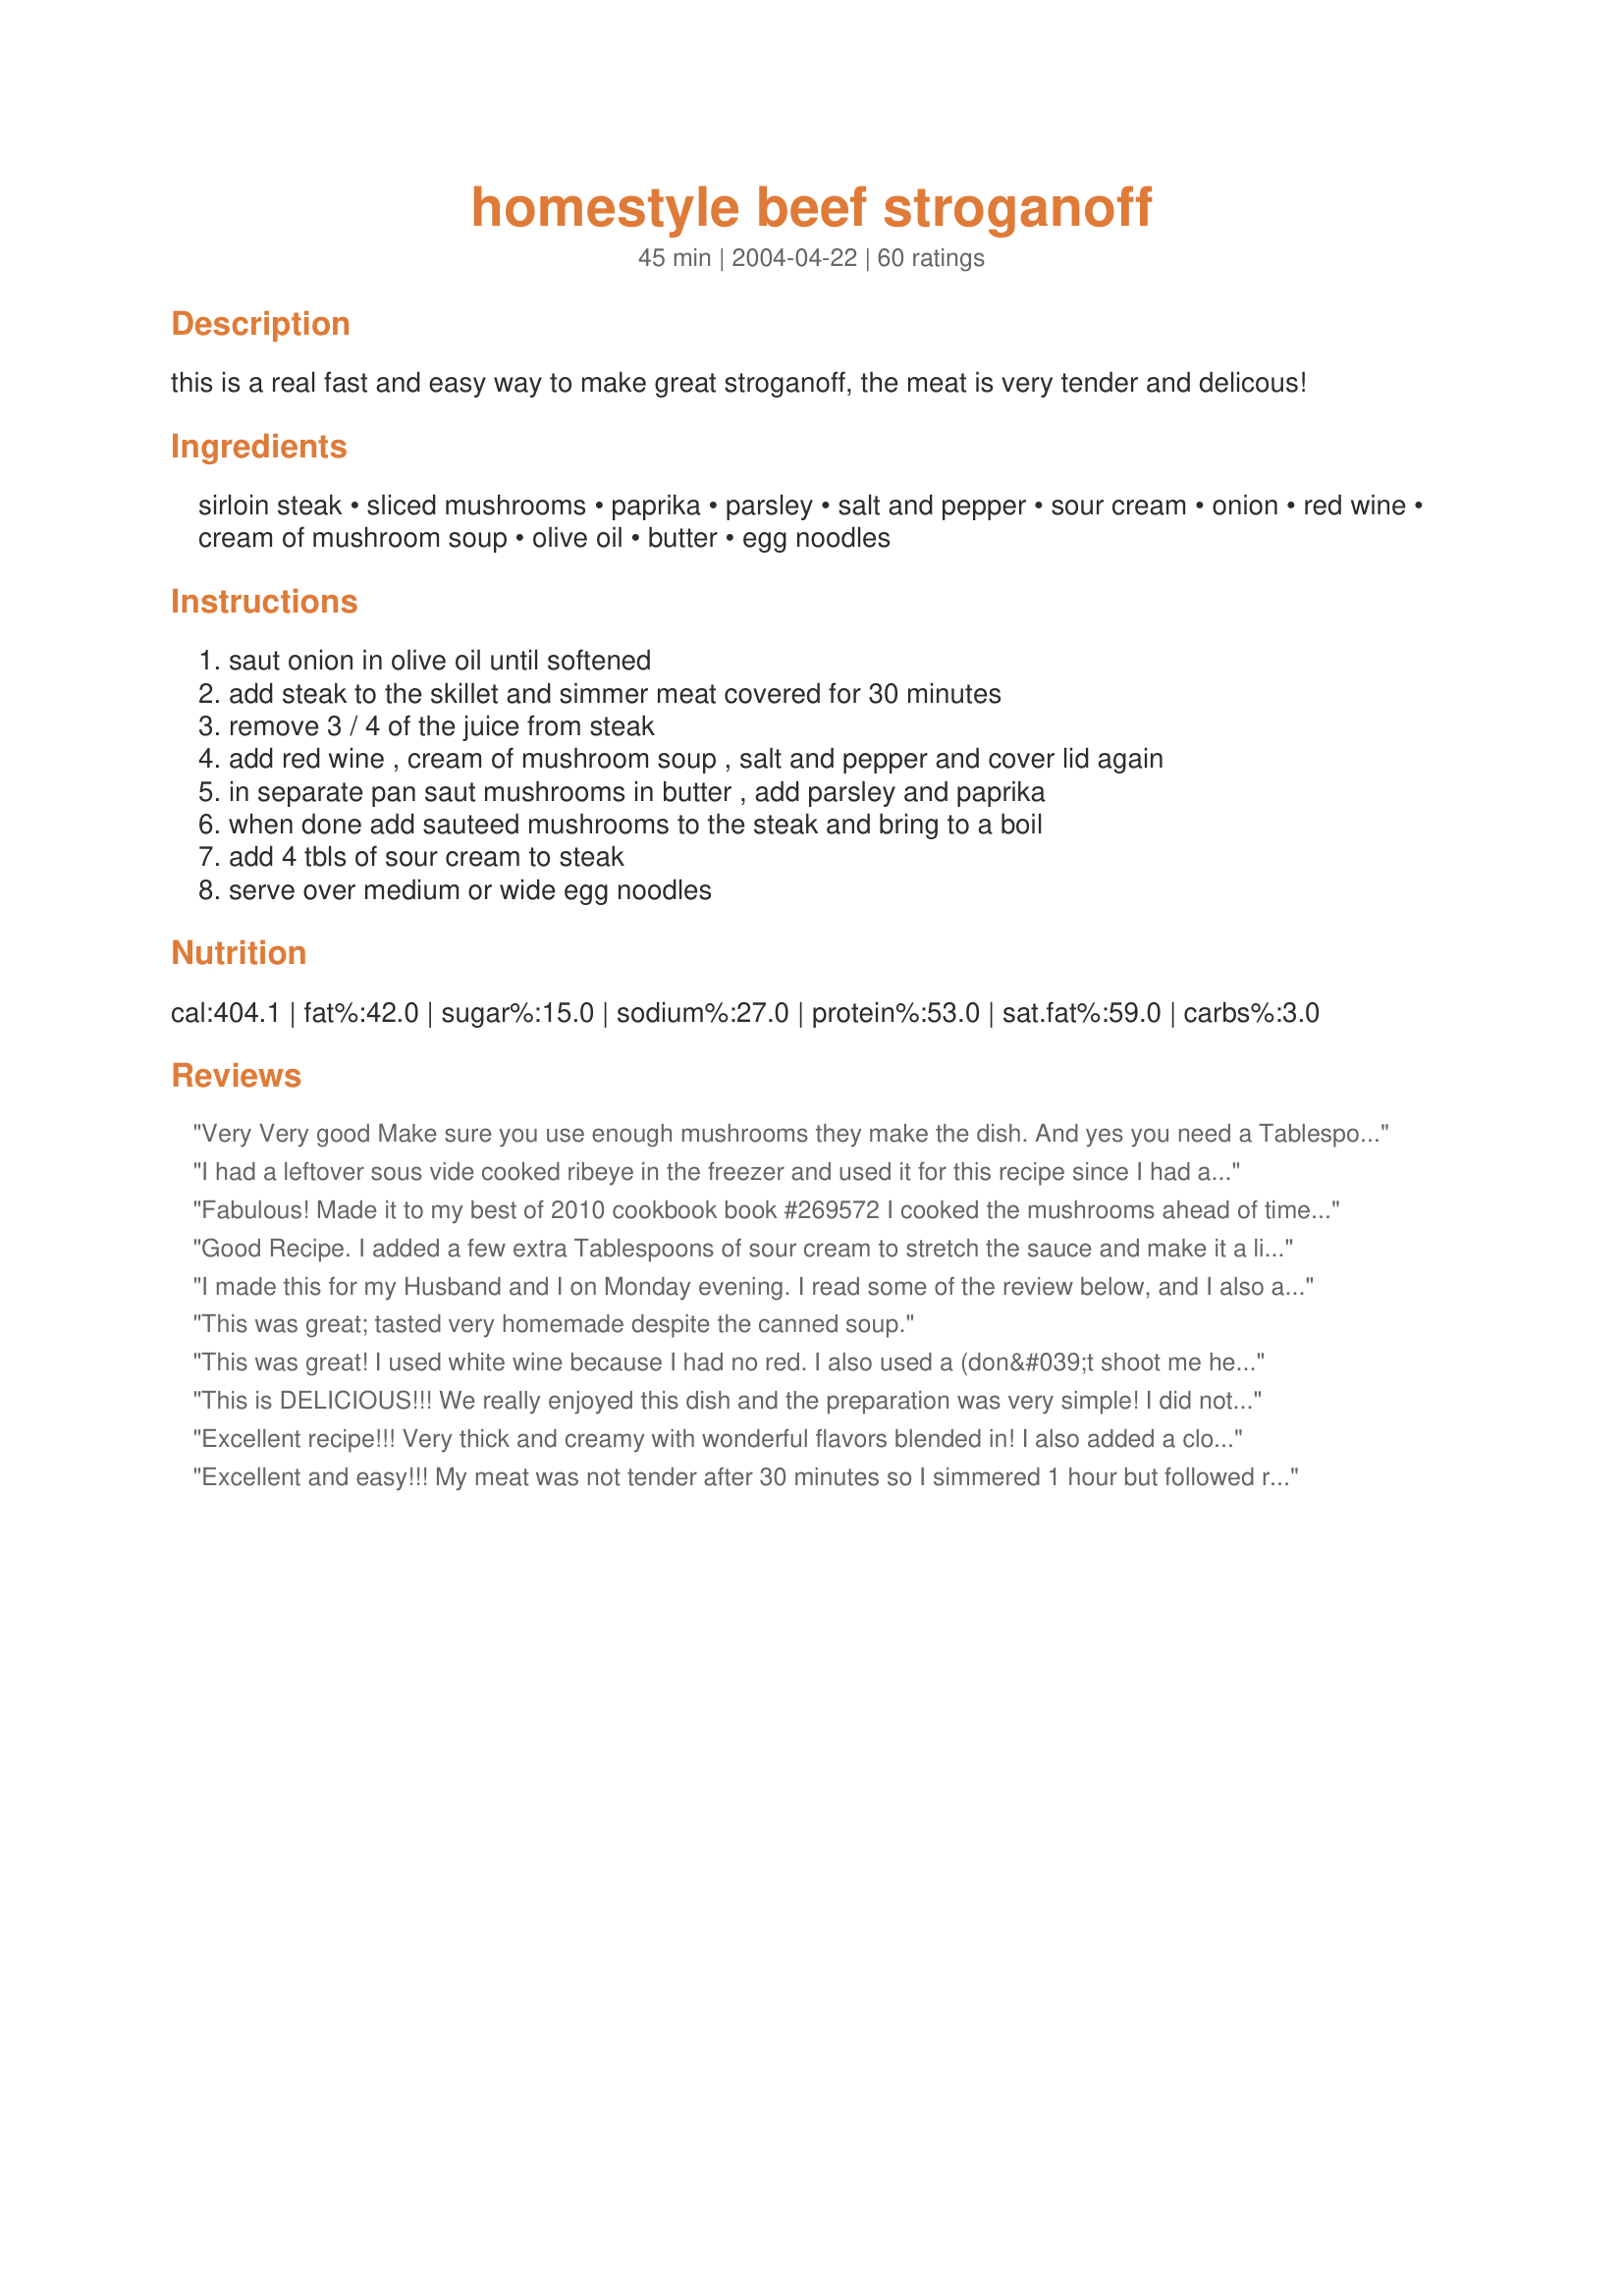
homestyle beef stroganoff
Preparation time: 45 minutes

this is a real fast and easy way to make great stroganoff, the meat is very tender and delicous!

Ingredients:
sirloin steak, sliced mushrooms, paprika, parsley, salt and pepper, sour cream, onion, red wine, cream of mushroom soup, olive oil, butter, egg noodles

Steps:
saut onion in olive oil until softened, add steak to the skillet and simmer meat covered for 30 minutes, remove 3 / 4 of the juice from steak, add red wine , cream of mushroom soup , salt and pepper and cover lid again, in separate pan saut mushrooms in butter , add parsley and paprika, when done add sauteed mushrooms to the steak and bring to a boil, add 4 tbls of sour cream to steak, serve over medium or wide egg noodles

Reviews:
Very Very good Make sure you use enough mushrooms they make the dish. And yes you need a Tablespoon of Paprika it seemed too much to me but it is the right amount.
I had a leftover sous vide cooked ribeye in the freezer and used it for this recipe since I had all the ingredients. I only did step #2 for 10 or 15 minutes snce the steak was already cooked then skipped over step #3 since I didn?t get much juice from a pre-cooked steak. Followed the rest of the recipe precisely and it turned out wonderfully! I?m usually not a big fan of mushroom soup recipes but this worked very well and allowed me to use only 4 Tbls sour cream instead of 1 cup or more in some heart-stopping recipes. We are trying to eat more responsibly and every meal shouldn?t contain reataurant amounts of fat and sodium. My wife kept muttering, ?This is really good.? so I know she really liked it, too. Will make this again. Oh, and I added some garlic and Worcestershire Sauce. It made a good dish even better.
Fabulous! Made it to my best of 2010 cookbook book #269572 I cooked the mushrooms ahead of time in the skillet then set aside. Did a quick sear on cube steaks (cheaper) and set aside. Sauteed onions added red wine to deglaze and put steaks back in and cooked covered for 30 minutes. Removed steaks, added mushrooms, soup, sour cream (reduced fat and used more than directed), paprika, tobasco brand worcestire and stirred well. Put in steaks and turned to coat. Cooked 10 minutes covered and truly was one of the best comfort foods I've ever made.
Good Recipe. I added a few extra Tablespoons of sour cream to stretch the sauce and make it a little more creamy, but overall very good.
I made this for my Husband and I on Monday evening. I read some of the review below, and I also added some minced garlic and about 2T of Worcestershire sauce. We both loved this meal. We will definitely be making it again. I was a little conservative with the paprika, but I think I will spice it up a little more next time. Thanks for the recipe :)
This was great; tasted very homemade despite the canned soup.
This was great! I used white wine because I had no red. I also used a (don&#039;t shoot me here) ribeye steak because that&#039;s all I had! Overkill, I know. Added the Worchestershire as suggested. I would put it more at 3 adult dinner portions. Thank you!
This is DELICIOUS!!! We really enjoyed this dish and the preparation was very simple! I did not quite follow the directions and sauted the onions and mushrooms at the same time. It still came out wonderful. I also only used half, but there was plenty of flavor. Thanks - we'll be having this again soon!
Excellent recipe!!! Very thick and creamy with wonderful flavors blended in! I also added a cloved of chopped garlic while I was sauteing the mushrooms and it added a great flavor to it. Definetly a keeper! Thank you!
Excellent and easy!!!
My meat was not tender after 30 minutes so I simmered 1 hour but followed rest of recipe exactly.
This will be a favorite at our house!! You may want to double recipe because everyone will want seconds!!
Really good stroganoff recipe. The meat came out so tender. DH really loved it. I felt I needed to add garlic for a little more flavor and also added a little milk near the end of cooking just to make more sauce. Thanks for posting the recipe.
This was delicious! I cooked it in the crockpot with stew beef and used 1 tsp hungarian paprika, to give it a little bite. I added the sour cream right before serving over rice. Perfect! Thanks 1Roze4me!
Yummy! I did make a few minor adjustments; I added garlic powder and worcestershire. That was just a personal preference, otherwise it was perfect.
This was very good. I used left over roast beef that was on the rare side, and only cooked it for 10 minutes instead of 1/2 hour. I also added one yellow pepper and one orange pepper to the mushroooms while sauting. It was a good hearty, quick supper. Thanks, I will be making this again.
Easy to make & delicious, thanks for sharing
Magnificent and Simple!! The Sirloin was so tender, we added 6 cloves of Garlic, some extra red wine and a dash of chilli. Egg Noodles were impossible to find at our local grocers so we made-do with extra wide fettuccine and it was superb!!

A great "last minute" meal for dinner guests as the flavours are really complex and complimentary but not at all overpowering. Such an awesome balanced recipe!! 5 Stars!!!
I have never made Stroganoff before using sirloin steaks. I am now a convert!! This was a very easy recipe to follow and the results were quite tasty. I did have to add a little additional seasonings (our taste preferences): Used 1 pound of mushrooms and added 1 tablespoon Worcestershire sauce as we felt it needed just a tad more of a bite. This recipe will be made and used again, often! Thanks for posting a wonderful recipe!!
This is awesome! So much more flavor than my previous recipe. I doubled the recipe, and added some garlic and worcestershire. Other than that, I followed the recipe to the dot. The meat is so tender, and there's so much depth of flavor I am amazed!<br/>ETA: I now use 3/4 cup of red wine, and allow the meat and onions to simmer in the wine for about 30 minutes before adding any other ingredients. Much more flavor, and also much more tender.
Wonderfully full flavored recipe! I followed as written except added some beef broth to the meat mixture before adding the sour cream to thin it out a bit. I also used about 1 lb. of mushrooms since they cook down so much. The meat was super tender! Thanks for the recipe.
This was sooo good! I like stroganoff but hubby didn't like all the sour cream so I decided to give this recipe a try as is didn't have so much sour cream. I used hamburger, that's what I had on hand and it turned out great. Even my husband and three year old son liked it. This will definately be made again, soon! Thanks for sharing!!
Made this tonight using ground beef. I really loved it! I used smoked paprika (will prob use non next time - hubs' preference). I don't drink or cook with alcohol, so I subbed beef stock instead. I also added 1/4 cup of sour cream and one can of mushrooms since I was feeding small, picky children. Will defo make again!
The sauce is perfect, the only thing I changed was to add 1/2 t dill (I could have done 1 whole t). I used a sliced NY strip steak and I think I should only have cooked the meat until just cooked because it became a bit tough. So cook more delicate steaks for a shorter time, other than that this is great.
Excellant. My husband couldn't stop going on about the gravy. Will make again.
Great combination of flavors! Thanks1
Great recipe. I loved this stroganoff. I think the addition of red wine was the key ingredient. I served this on rice and my family loved it. Thank you forposting.
This is really fast and easy - I make stroganoff but never had a really good spice flavor to it - thanks for sharing I have the spices now! I don't use the mushroom soup though, I add beef broth and use a tablespoon of cornstarch to thicken it all up - I also use fat free sour cream and omit the butter and salt but that's just 'cause I'm cutting calories, fat and salt in my diet - I am sure it tastes way better with butter and salt!
My DH loved this. I followed the suggestion of using 1T paprika. Next time I will double the recipe.
Delicious! I followed the recipe exactly and served over wide rice noodles. The sauce was very flavorful but the beef was not as tender as expected. Next time, I will marinade the beef in egg whites first. After all, great recipe! Thanks for sharing!
This was so easy and tasted great! We didn't have red wine so we substitued a blush and it worked just fine! We will be making this again! Thanks so much!
This was wonderful! I doubled the recipe, since I was fixing dinner for 3 hungry men and myself, however, I kept the soup at one can, just used 1 large onion, and also only needed one package of wide egg noodles. I added about 2 tsp minced garlic and 1 Tbs Worcestershire sauce. I substituted low-sodium beef broth for the wine, because one of our guests preferred not to have the wine in it. To save a pan, I sauteed the onion and garlic first, added the beef, then sauteed until done. I then drained that, set it aside, and in the same pan, sauteed the mushrooms, spices, and Worcestershire sauce in butter. Then I added the beef and the rest of the stuff together and kept it on low while I fixed the noodles and some green beans. I want to try it with the wine soon. Thank you for posting this!
I made this for a friend for her Christmas day dinner. She was too busy, and asked me to do it. She said that I could use my recipe, so I chose this recipe. I used Top Sirloin for the meat and followed the recipe exactly, except for I did omit the wine (she doesn't like the taste of wine). I delivered it a couple hours before it was dinner time. I quadrupled the recipe and kept it warm in my 6 at Nesco. She called me at 9:30 that night to say the she didn't want to wait to call me at work, because it was too good. She said that "my" recipe was way better then her own recipe and thanked me over and over again. I have to give you the credit and thank you for sharing your recipe. I did the exact measurements exactly. I will use this many more times to come.
Wow so delicious! I added lots of garlic and wors. Sauce. I doubled the recipe and glad I did! The whole family loved it! I will make this again and again! Thank you!!!!
Oh my gosh, this is so good! The only problem I had with it was that I didn't make enough. Next time I will do a double recipe so we have some leftovers. I used 1/2 cup of red wine and simmered the meat (I used beef tenderloin tips) with the onions for about 15 minutes before adding the other ingredients. Also had to keep the mushrooms separate since the kids don't like them. I ended up adding almost a 1/2 cup of beef broth at the end to make it more creamy. The flavor was great. Thanks for posting!
...As my teenage son would say
"Now that's what I'm talkin' about!" This is some seriously good Stroganoff. Thanks for sharing 1Roze4me! I didn't change
a thing and even my 4 kids liked it - now that's a keeper.
I've never had the boxed stuff before but my old recipe called for tomato, I think. Can you tell that it was not well received by everyone? This was, however, the most flavorful stroganoff that I have ever tasted! It was quick and I had all the ingredients on hand. I did add some minced garlic, sauted with the onion and mushrooms. I used fresh crimini and wished I had more. The more mushrooms the better! I also used 1/4 cup of beef broth, (no wine in the pantry). Thank you for a great recipe. I will be making this again.
We really enjoyed this. I would probably use less red wine next time (personal preference).
Wow! So simmple, yet so good! I made it as written, except I substituted balsamic vinegar/water for wine (red wine gives me headaches) Fabulous meal - Thank you sooo much!
What wonderful flavor! Thanks for the recipe!
I'm not a big fan of Stroganoff but this one is really nice, tender and tasty.
followed recipe but was pretty bland to me.
This was really really good. I did make many changes due to what I had on hand but the basics stayed the same. Changes made: sauted onion in small amount of evo until transparent then adding the butter and mushrooms and sauted all a little longer, added Cream of Mushroom with Roasted Garlic soup, added 2 Tbsps ketchup, 2 tsps worchestershire, 1/2 cup of water with 1 tsp of french dip mix and an additional 1/2 cup of sour cream because my family really likes that flavor. Then added 1 1/2 pounds of precooked small meatballs and let it all simmer together for 20 minutes. Served over egg noodles. Not one drop left and I actually caught one of the adult males (no names mentioned :) licking his plate! 
Now that I think about this I should just put this all together and add as a new recipe.
I'll never eat the boxed stuff again! This was EXCELLENT!!
Very tasty and hearty. Made a triple batch for Hunting camp. The guys emptied the pot.
This was very good, and also super easy to make. I was out of red wine (gasp!) so I subbed a dry white, and it was great, but I'll definitely use red next time.
Thanks for a quick and easy hearty meal!
I made my own cream of mushroom soup for lunch and had some left over, so I used it in this. It resulted in a wonderful stroganoff that my whole family ate and ate! We loved it till the last drop was gone!
Tasty and simple! I forgot to buy egg noodles, so I used the whole wheat penne I had on hand. It was delicious!
Absolutely delicious! So easy to prepare and the finished dish is outstanding. Didn't change a thing. Definitely a keeper of a recipe.
This was fabulous! I must admit I was getting a bit skeptical because the beef cooking didn't smell too great for some reason. But after the wine and soup had been added things definitely started taking shape. The family liked it so much they were going back for seconds! The wine and soup combo were the trick I think! Thanks for sharing this recipe!
I made this according to receipe...but i wasn't too pleased. I actually simmered my meat even longer than the recipe called for and it wasn't tender at all. The sauce itself tasted fine, but the meat ruined the dinner.
Really enjoyed this. The flavor is great. Thanks for posting it. I tried to hurry the dish and ended up with meat that was kinda tough, but Dad always said it was tougher without.
We love this recipe. I've never been a big fan of Beef Stroganoff until I found this recipe last month. I've made it 4 times already. The only thing I did different is use beef broth in place of the wine and added a little worcestershire sauce. So glad I found this recipe! Thank you!!!
OMG...This is a fantastic Stroganoff!! So easy to prepare, and it turned out absolutely gourmet...Thanks for the recipe!
The sauce is really yummy but I haven't been able to get the meat to come out just right yet. I've made this several times but no matter what I do or what cut I use the meat gets chewy. I'll have to keep on trying because the sauce is a keeper! Thanks for posing Roze!
I can see why this is the highest rated beef stroganoff on *zaar! Wonderfully flavorful and extremely easy! Thanks for the post, Roze!
Great recipe. My meat was not so tender, but probably my fault for not cooking as long as recommended. The only change I made was that we served it with worcestershire sauce - we like that extra kick on our stroganoff.
This was delicious! Because of previous notes, I did add 2 T of ketchup & 2 T of Worcestershire & added a dash of Cumin to the mushrooms. When I served it, I used egg noodles & put french fried onions & fresh Parmesan on top. It was dreamy!
This was easy to make and was very good. My very picky friend loved it to the tune of 3 helpings. This is a keeper.
Really good! I didn't have any wine, subbed vegetarian seitan ground "beef", used a rather lot more sour cream than the recipe called for, and served over rice.
Thanks for this recipe. Just finished the seconds. Everyone that ate it loved it. I also cooked onions and mushrooms at the same time with about tablespoon of minced garlic. I doubled the recipe. Used 2 T of olive oil, and 4 T of butter. Also added spices during the sauteing. Then threw in leftover rare tenderloin cut up into bitesize chunks. It all came together super quick because my meat was already pretty cooked. I find myself now wanting to catch that tenderloin on sale again so I can repeat this process. Thanks again.
Really really great stroganoff! I did add in only 1 tsp paprika, and also added in fresh minced garlic when I sauteed the onions, also I used fresh mushrooms.... I served it over cooked egg noodles, delicious dinner! This is a keeper, we really enjoyed this, thank you 1Roze4me for sharing...Kittencal:)
